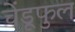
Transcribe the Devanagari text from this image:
चेंडूफुल